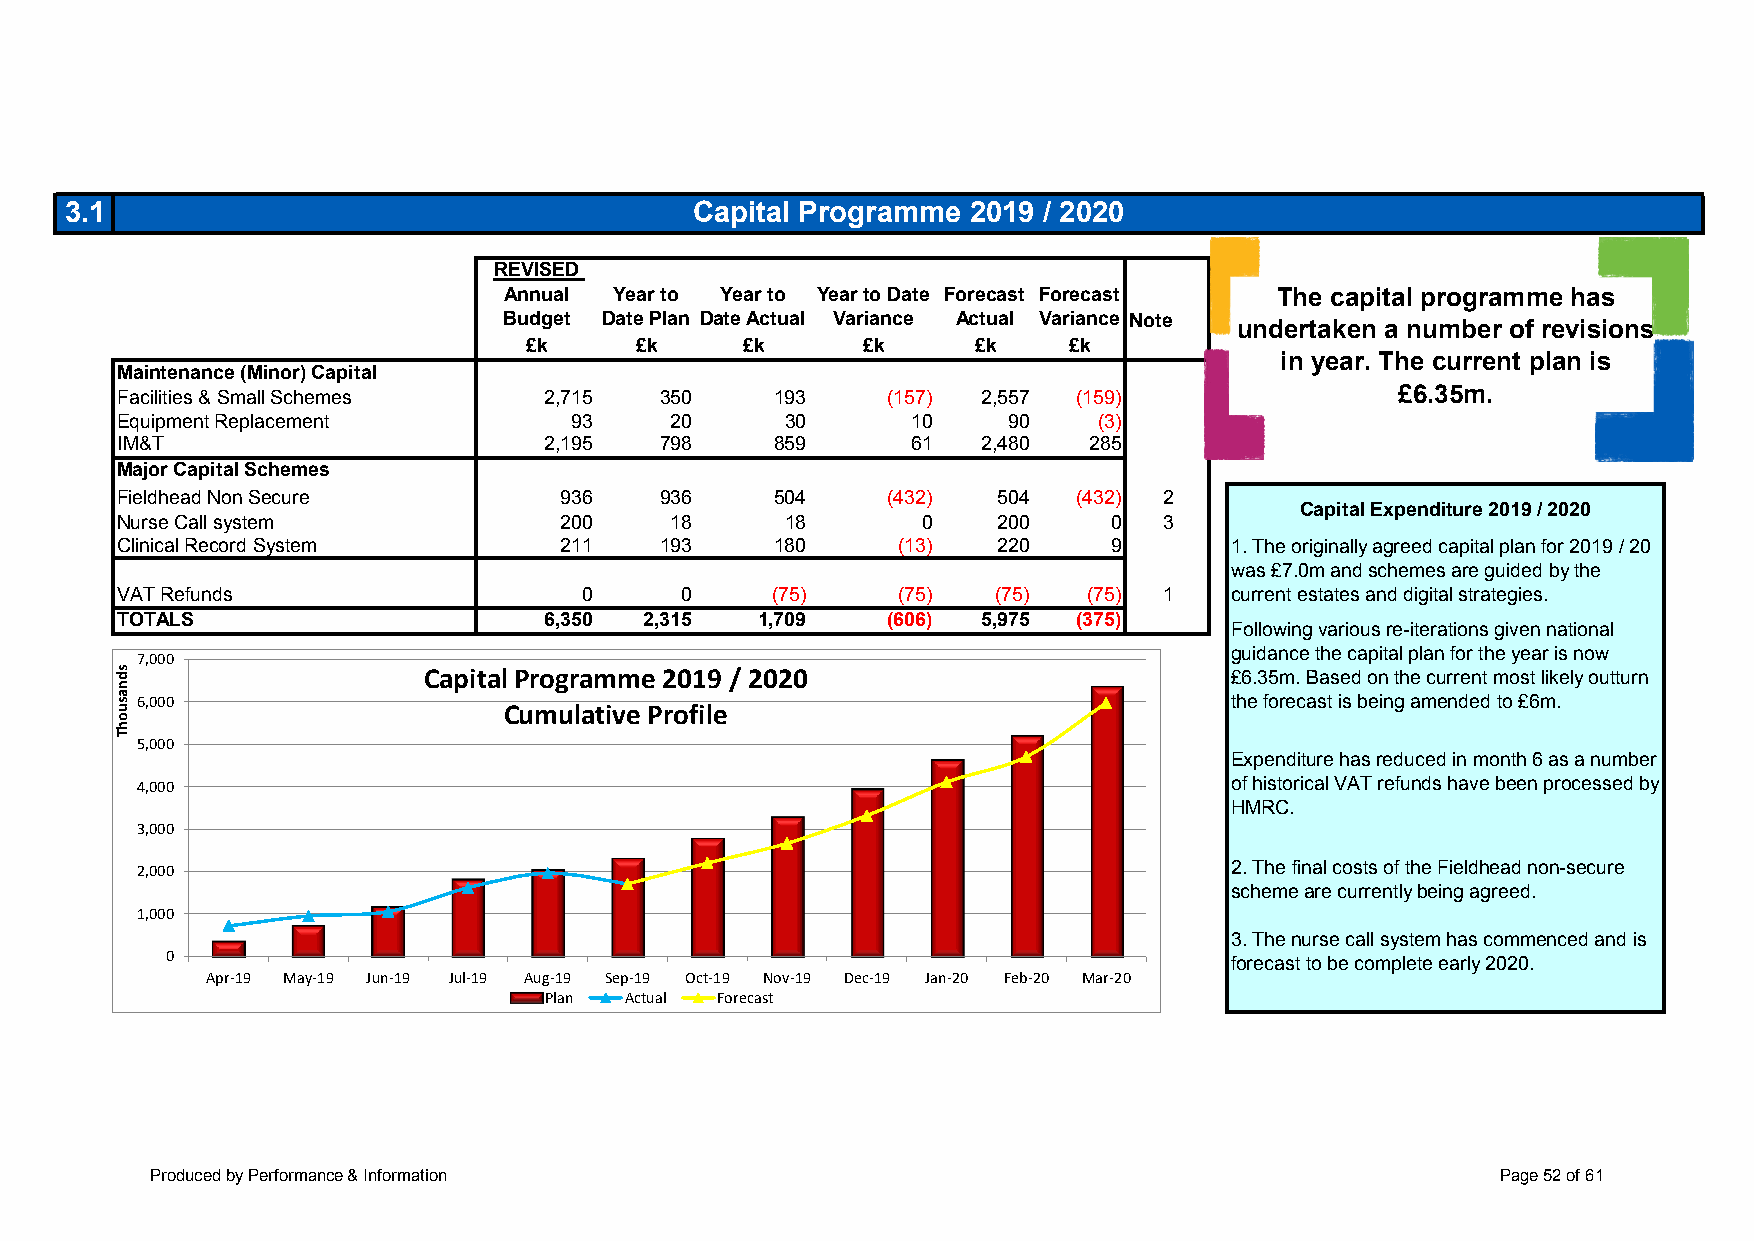
3.1                                       Capital Programme 2019 / 2020
 REVISED
 Annual  Year to Year to Year to Date Forecast Forecast The capital programme has
 Budget Date Plan Date Actual Variance Actual Variance Note
 undertaken a number of revisions
 £k     £k     £k      £k      £k    £k
 in year. The current plan is
 Maintenance (Minor) Capital
 Facilities & Small Schemes  2,715   350    193     (157) 2,557 (159)                 £6.35m.
 Equipment Replacement         93    20      30      10     90    (3)
 IM&T                        2,195   798    859      61   2,480  285
 Major Capital Schemes
 Fieldhead Non Secure         936    936    504     (432)  504  (432) 2
 Capital Expenditure 2019 / 2020
 Nurse Call system            200    18      18       0    200     0  3
 Clinical Record System       211    193    180     (13)   220     9      1. The originally agreed capital plan for 2019 / 20
 was £7.0m and schemes are guided by the
 VAT Refunds                    0     0     (75)    (75)   (75)  (75) 1   current estates and digital strategies.
 TOTALS                      6,350  2,315  1,709    (606) 5,975 (375)
 Following various re-iterations given national
 7,000                                                                   guidance the capital plan for the year is now
 Capital Programme 2019 / 2020                        £6.35m. Based on the current most likely outturn
 6,000                                                                   the forecast is being amended to £6m.
 Cumulative Profile
 5,000
 Expenditure has reduced in month 6 as a number
 4,000                                                                   of historical VAT refunds have been processed by
 HMRC.
 3,000
 2,000                                                                   2. The final costs of the Fieldhead non-secure
 scheme are currently being agreed.
 1,000
 3. The nurse call system has commenced and is
 0
 forecast to be complete early 2020.
 Apr-19 May-19 Jun-19 Jul-19 Aug-19 Sep-19 Oct-19 Nov-19 Dec-19 Jan-20 Feb-20 Mar-20
 Plan Actual Forecast
 Produced by Performance & Information                                                    Page 52 of 61
 sdnasuohT